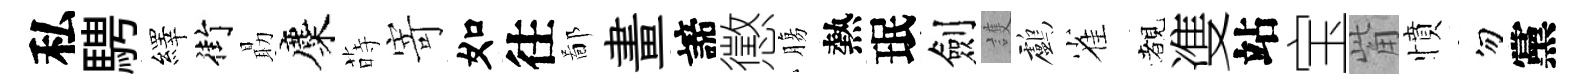
私騁繹街朂麋蒔寄如往鄙畫諦懲膓熱珉劍護鸕雀覩㕠站宝觜憤勿黨